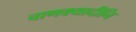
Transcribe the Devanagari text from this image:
चाणक्यादीनि